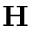
\mathbf { H }